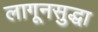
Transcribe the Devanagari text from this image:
लागूनसुद्धा